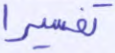
تفسيرا